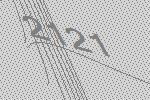
2121